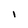
Character: I